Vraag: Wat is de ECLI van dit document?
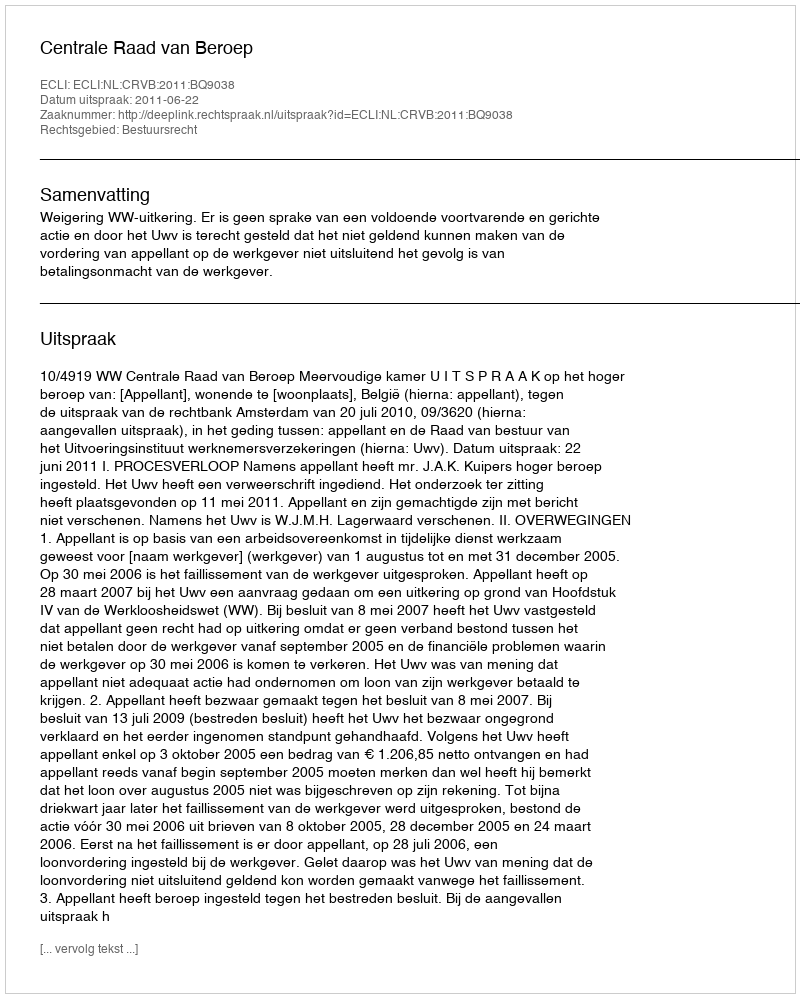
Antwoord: ECLI:NL:CRVB:2011:BQ9038